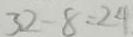
3 2 - 8 = 2 4